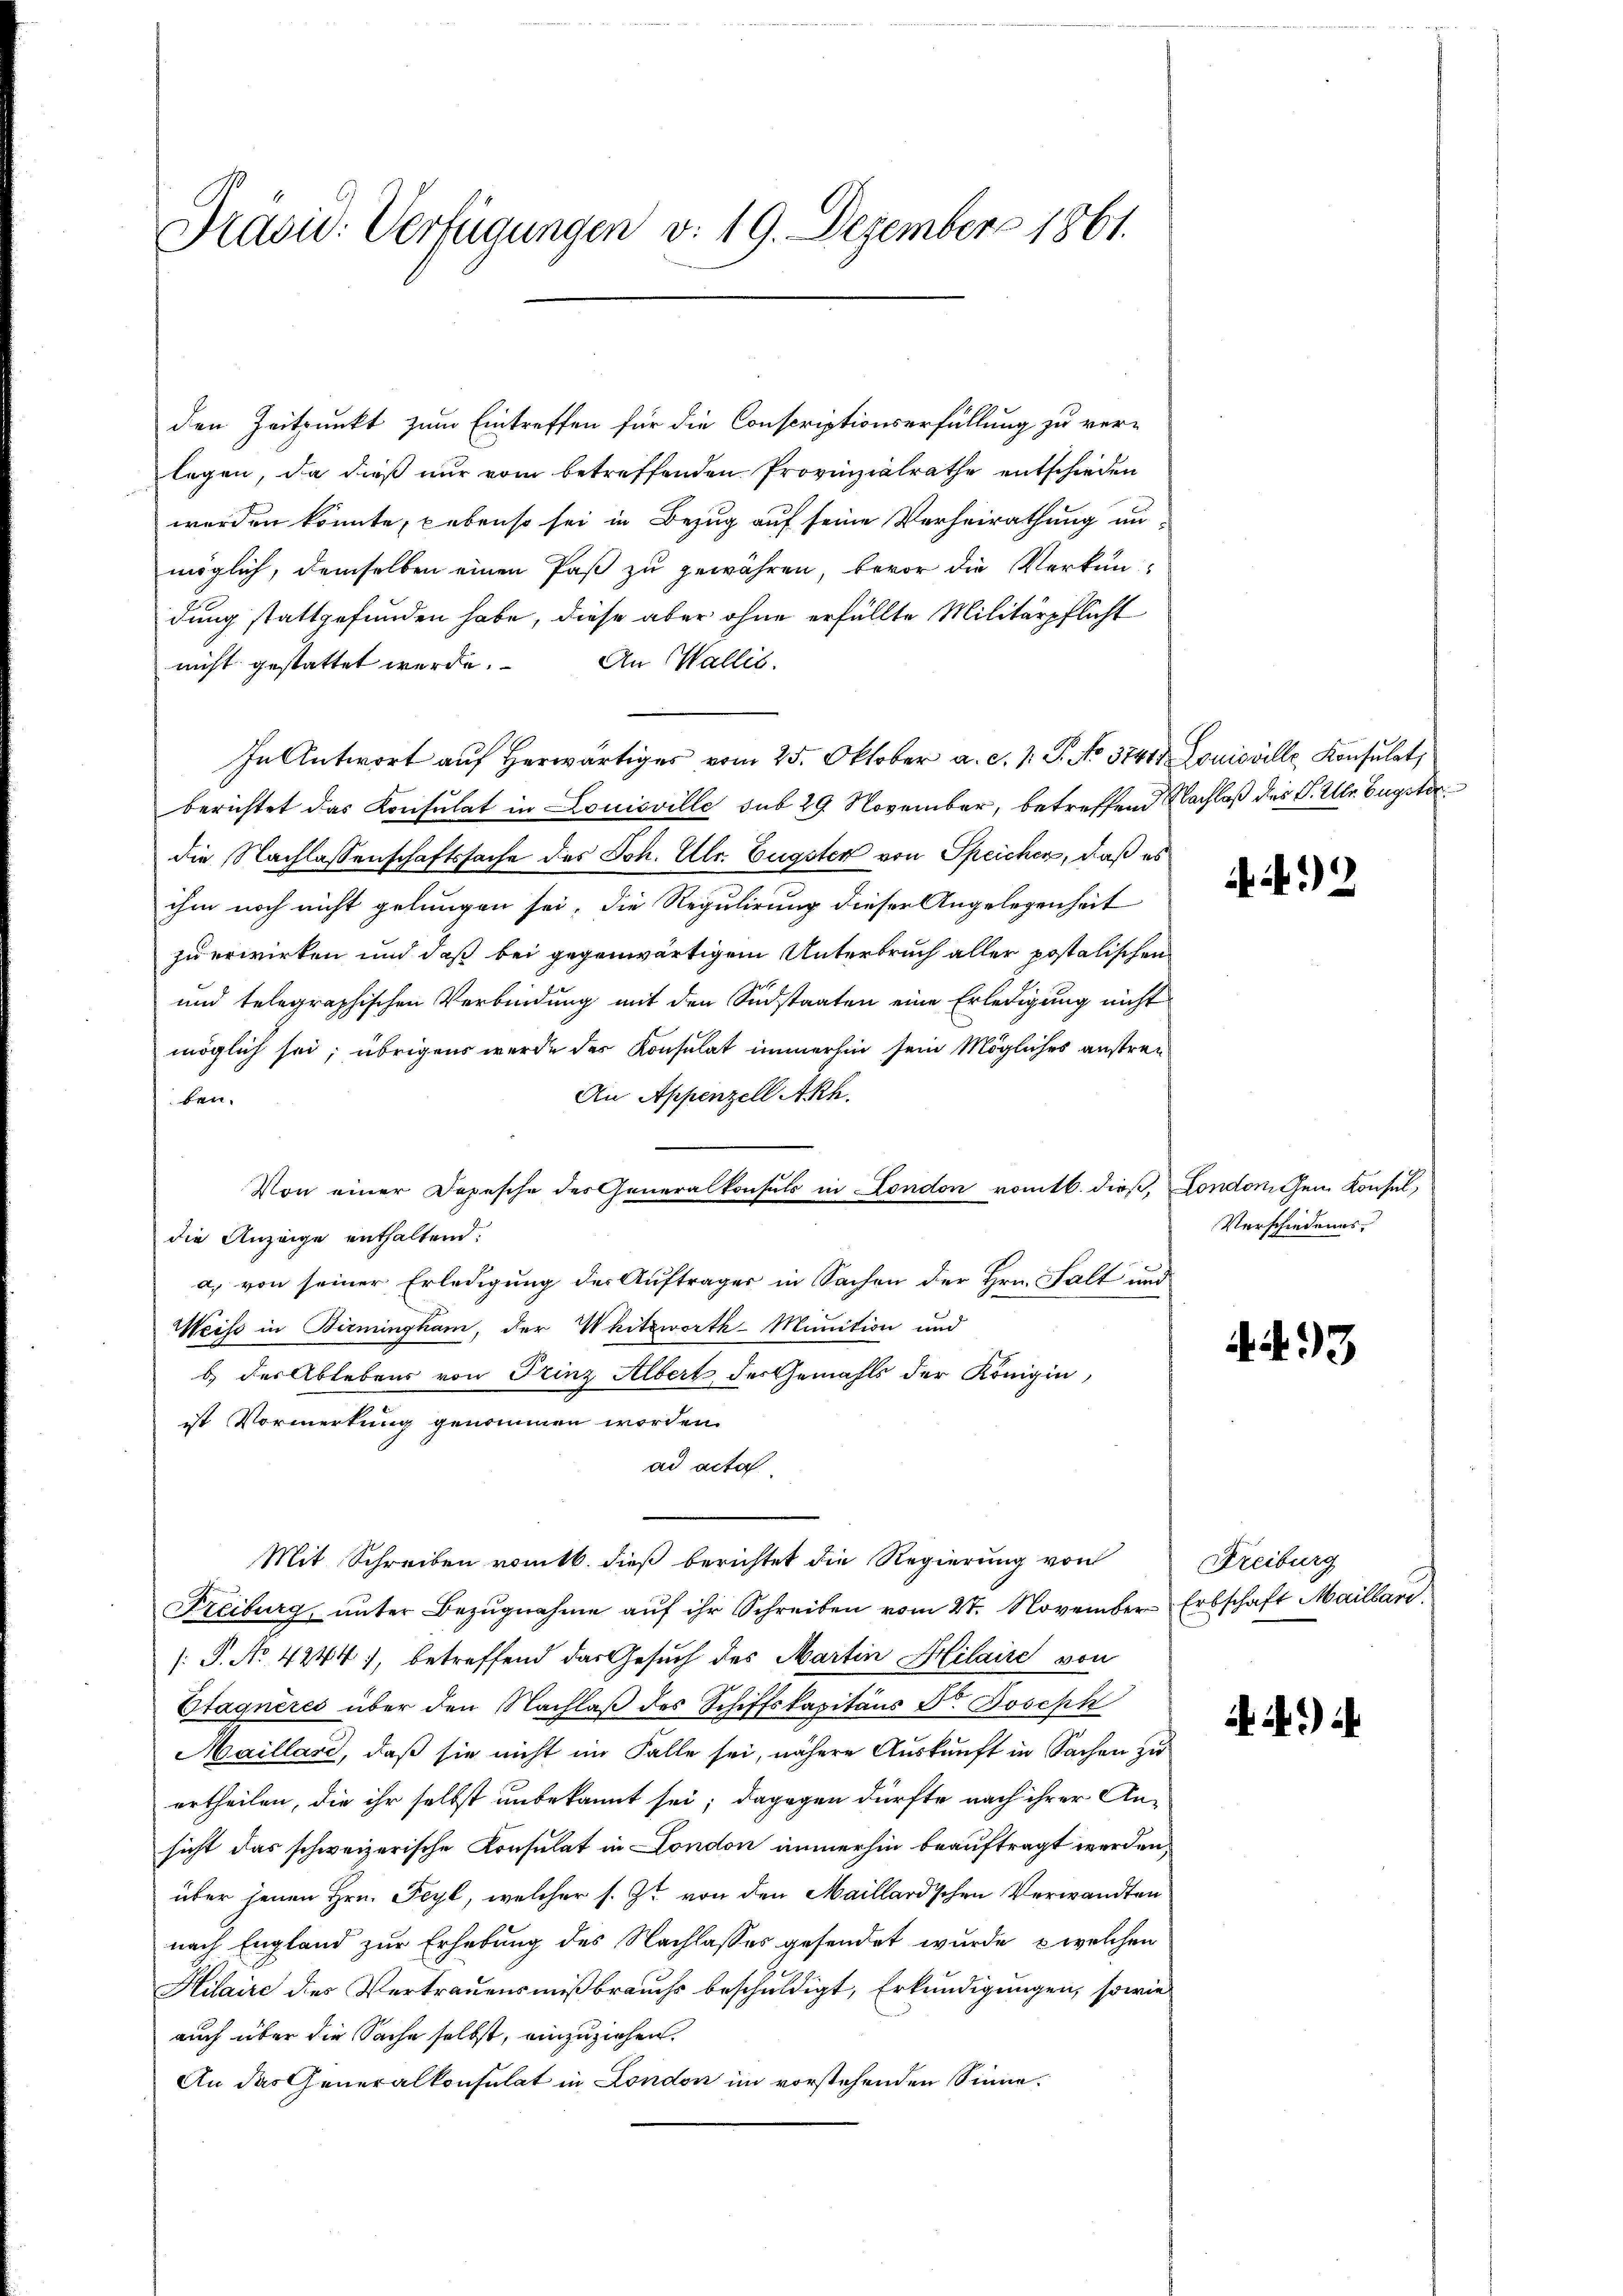
Präsid. Verfügungen v. 19. Dezember 1861.

den Zeitpunkt zum Eintreffen für die Conscriptionserfüllung zu verlegen, da dieß nur vom betreffenden Provinzialrathe entschieden
werden könnte, gebenso sei in Bezug auf seine Verheirathung unmöglich, demselben einen Paß zu gewähren, bevor die Verkun
dung stattgefunden habe, diese aber ohne erfüllte Militärpflicht
nicht gestattet werde. An Wallis.
In Antwort auf herwärtiges vom 25. Oktober a. c. 1 P. No. 3744. Louisville Konsulat,
berichtet das Konsulat in Louisville sub 29. November, betreffend Nachlaß des P. Ubr. Eugster
die Nachlassenschaftssache des Joh. Ulr. Eugster von Speichen, daß es
ihm noch nicht gelungen sei, die Regulirung dieser Angelegenheit
zu erwirken und daß bei gegenwärtigem Unterbruch aller postalischen
und telegraphischen Verbindung mit den Südstaaten eine Erledigung nicht
möglich sei; übrigens werde des Konsulat immerhin sein Mögliches anstreu¬
An Appenzell Akh.
ben.
Von einer Depesche des Generalkonsuls in London romtl. dieß, Londonischen Konsul,
die Anzeige enthaltend.
a) von seiner Erledigung des Auftrages in Sachen der Hrn. Halt und
Weise in Birmingkam, der Witzworth-Munition und
b. der Ablebens von Frinz Albert des Gemahls der Königin
ist Vormerkung genommen worden.
ad acta
Mit Schreiben romtb. dieß berichtet die Regierung von
Freiburg, unter Bezŭgnahme aŭf ihr Schreiben vom 27. November Erbschaft Maillari
: P. No 4244), betreffend das Gesuch des Martin Hilaire von
Stagneres über den Nachlaß des Schiffskapitaus Dr. Joseph
Maillare, daß sie nicht im Falle sei, nähere Auskunft in Sachen zu
ertheilen, die ihr selbst unbekannt sei; dagegen dürfte nach ihrer Ansicht das schweizerische Konsulat in London immerhin beauftragt werden.
über jenen Hrn. Feyl, welcher s. Zt. von den Maillard'schen Verwandten
nach England zur Erhebung des Nachlasses gesendet wurde, welchen
Hilaire des Vertrauensmißbrauchs beschuldigt, Erkundigungen, sowie
auch über die Sache selbst, einzuziehen.
An das Generalkonsulat in London im vorstehenden Sinne.

Verschiedenes.

492

AN 93

Freiburg

49) i